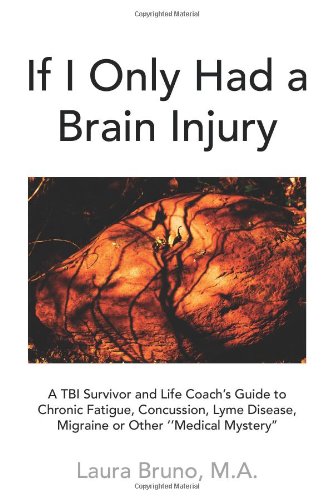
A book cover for If I Only Had a Brain Injury: A TBI Survivor and Life Coach's Guide to Chronic Fatigue, Concussion, Lyme Disease, Migraine or Other ''Medical Mystery''; Laura Bruno; Health, Fitness & Dieting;